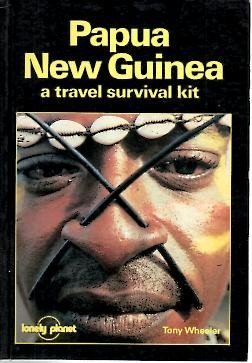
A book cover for Papua New Guinea: A Travel Survival Kit-; TONY WHEELER; Travel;